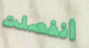
أنفصلت